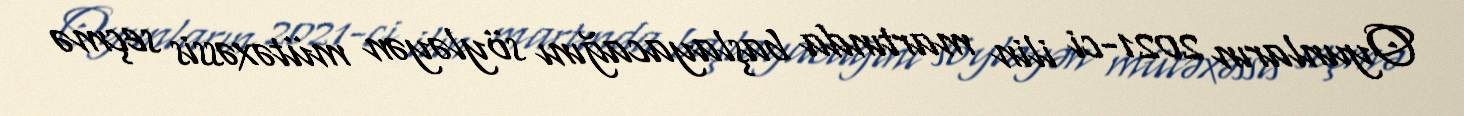
Oyunların 2021-ci ilin martında başlayacağını söyləyən mütəxəssis seçmə